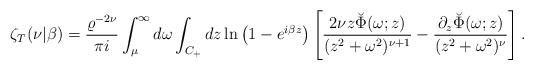
LaTeX: \begin{align*}\zeta_T(\nu|\beta)={\varrho^{-2\nu} \over \pi i}\int_{\mu}^{\infty} d\omega \int_{C_+} dz\ln\left(1-e^{i\beta z}\right)\left[{2\nu z \breve{\Phi}(\omega;z) \over(z^2+\omega^2)^{\nu+1}}-{\partial_z\breve{\Phi}(\omega;z) \over(z^2+\omega^2)^{\nu}}\right].\end{align*}